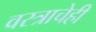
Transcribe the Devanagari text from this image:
वस्त्राचेही